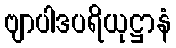
ဗျာပါဒပရိယုဋ္ဌာနံ